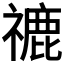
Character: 𥛞